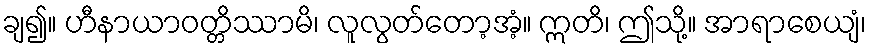
ချ၍။ ဟီနာယာဝတ္တိဿာမိ၊ လူလွတ်တော့အံ့။ ဣတိ၊ ဤသို့။ အာရာစေယျံ၊